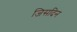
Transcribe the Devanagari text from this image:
जिसदिन